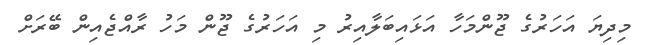
މިދިޔަ އަހަރުގެ ޖޫންމަހާ އަޅައިބަލާއިރު މި އަހަރުގެ ޖޫން މަހު ރާއްޖެއިން ބޭރަށް